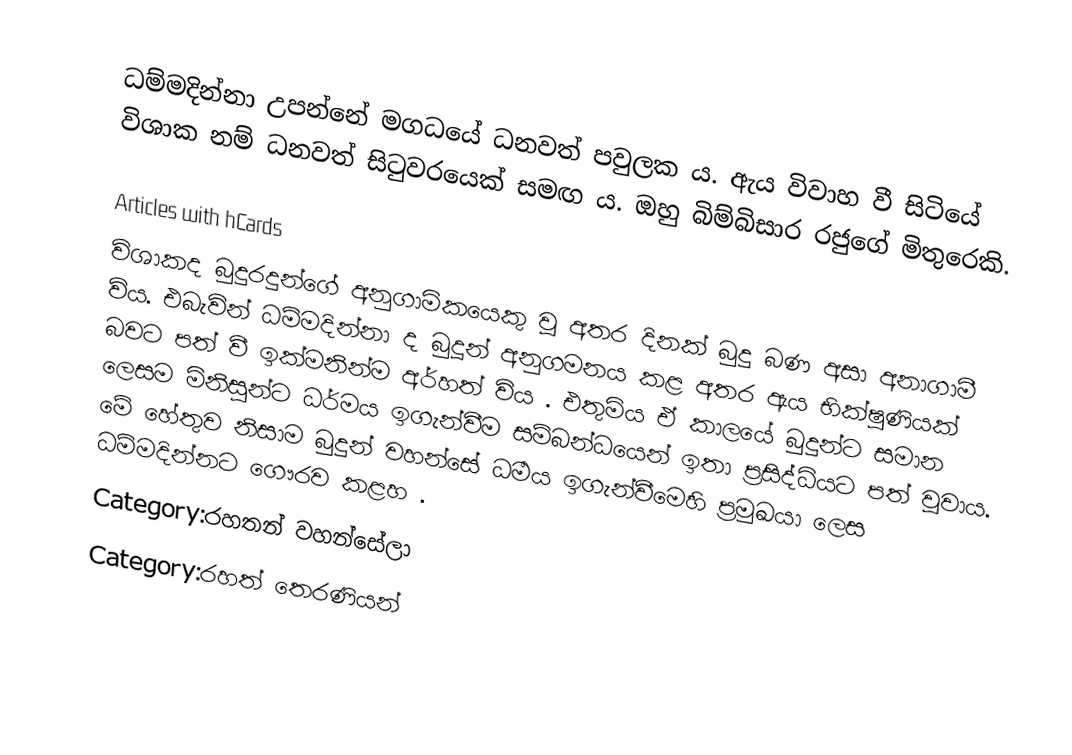
ධම්මදින්නා උපන්නේ මගධයේ ධනවත් පවුලක ය. ඇය විවාහ වී සිටියේ විශාක නම් ධනවත් සිටුවරයෙක් සමඟ ය. ඔහු බිම්බිසාර රජුගේ මිතුරෙකි.

Articles with hCards
විශාකද බුදුරදුන්ගේ අනුගාමිකයෙකු වූ අතර දිනක් බුදු බණ අසා අනාගාමී විය. එබැවින් ධම්මදින්නා ද බුදූන් අනුගමනය කළ අතර ඇය භික්ෂුණියක් බවට පත් වී ඉක්මනින්ම අර්හත් විය . එතුමිය ඒ කාලයේ බුදුන්ට සමාන ලෙසම  මිනිසුන්ට ධර්මය ඉගැන්වීම සම්බන්ධයෙන් ඉතා ප්‍රසිද්ධියට පත් වූවාය. මේ හේතුව නිසාම බුදුන් වහන්සේ ධර්‍මය ඉගැන්වීමෙහි ප්‍රමුඛයා ලෙස ධම්මදින්නට ගෞරව කළහ  .
Category:රහතන් වහන්සේලා
Category:රහත් තෙරණියන්